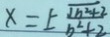
x = \pm \frac { \sqrt { b ^ { 2 } + 2 } } { b ^ { 2 } + 2 }